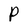
Character: P